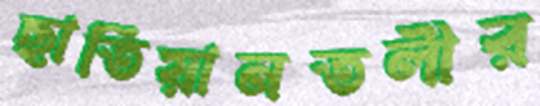
ছাতিয়ানতলীর